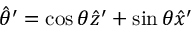
\hat { \theta } ^ { \prime } = \cos \theta \hat { z } ^ { \prime } + \sin \theta \hat { x } ^ { \prime }